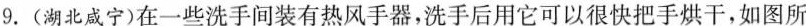
9.(湖北咸宁)在一些洗手间装有热风手器，洗手后用它可以很快把手烘干，如图所③